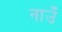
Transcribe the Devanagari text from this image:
नाउँ